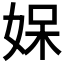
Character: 𭑼